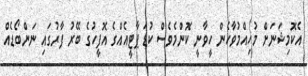
އެކޮމިޝަނަށް މުހިއްމުވާހެން ހީވާނީ ކޮންމެވެސް ކުޑަ ޕާޓީއެއްގެ އޮފީހުގެ ބޭރު ފާރުގައި ނަންބޯޑެއް